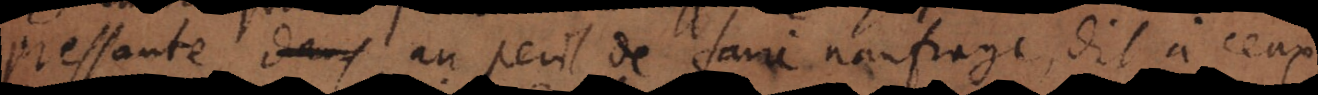
pressante au peril de faire naufrage, dit à ceux